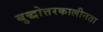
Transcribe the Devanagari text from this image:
बुद्धोत्तरकालीनता